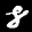
Label: 8